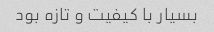
بسیار با کیفیت و تازه بود